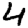
Digit: 4